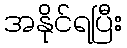
အနိုင်ရပြီး